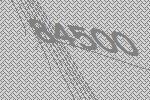
84500